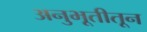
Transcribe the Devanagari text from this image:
अनुभूतीतून